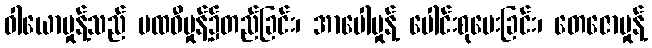
ဝါယောမှုန့်သည် ပထဝီမှုန့်၌တည်ခြင်း၊ အာပေါမှုန့် ပေါင်းစုပေးခြင်း၊ တေဇောမှုန့်